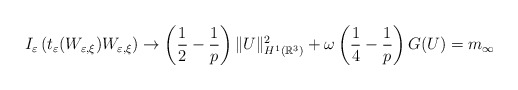
\begin{align*}I_{\varepsilon}\left(t_{\varepsilon}(W_{\varepsilon,\xi})W_{\varepsilon,\xi}\right)\rightarrow\left(\frac{1}{2}-\frac{1}{p}\right)\|U\|_{H^{1}(\mathbb{R}^{3})}^{2}+\omega\left(\frac{1}{4}-\frac{1}{p}\right)G(U)=m_{\infty}\end{align*}